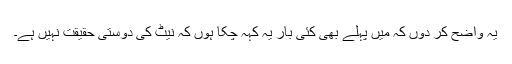
یہ واضح کر دوں کہ میں پہلے بھی کئی بار یہ کہہ چکا ہوں کہ نیٹ کی دوستی حقیقت نہیں ہے۔